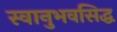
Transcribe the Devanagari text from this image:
स्वानुभवसिद्ध